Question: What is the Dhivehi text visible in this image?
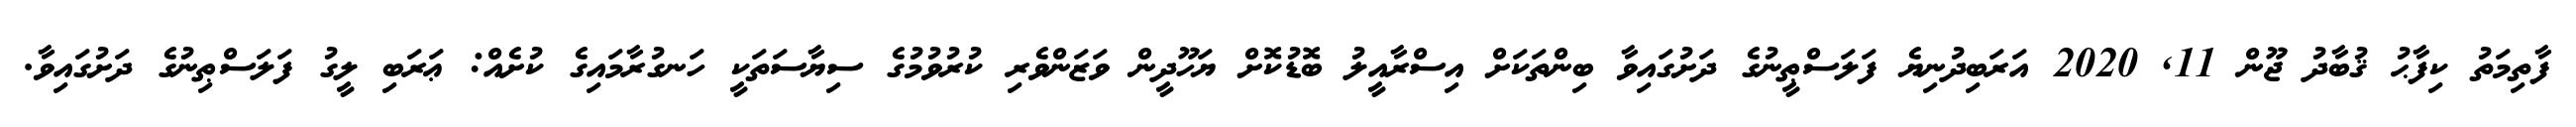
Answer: ފާތިމަތު ކިފާޙު ޤުބާދު ޖޫން 11, 2020 އަރަބިދުނިޔެ ފަލަސްޠީނުގެ ދަށުގައިވާ ބިންތަކަށް އިސްރާއީލު ބޮޑުކޮށް ޔަހޫދީން ވަޒަންވެރި ކުރުވުމުގެ ސިޔާސަތަކީ ހަނގުރާމައިގެ ކުށެއް: ޢަރަބި ލީގު ފަލަސްޠިނުގެ ދަށުގައިވާ.